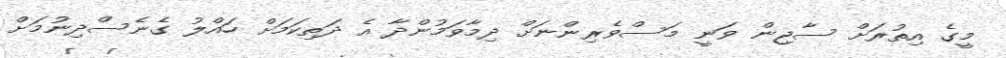
މީގެ އިތުރަށް ސާޖިން ވަނީ މަސްވެރިންނަށް ދިމާވަމުންދާ އެ ދަތިކަމަށް ހައްލު ގެނެސްދިނުމަށް